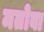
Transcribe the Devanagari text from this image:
मतोबा